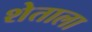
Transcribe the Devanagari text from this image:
शेताला